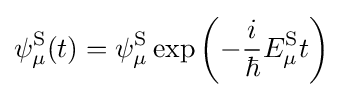
\psi _{\mu }^{\text{S}}(t)=\psi _{\mu }^{\text{S}}\exp \left(-{\frac {i}{\hbar }}E_{\mu }^{\text{S}}t\right)